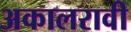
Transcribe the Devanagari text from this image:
अकालरावी